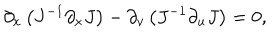
LaTeX: \partial _ { x } \left( J ^ { - 1 } \partial _ { x } J \right) - \partial _ { v } \left( J ^ { - 1 } \partial _ { u } J \right) = 0 ,